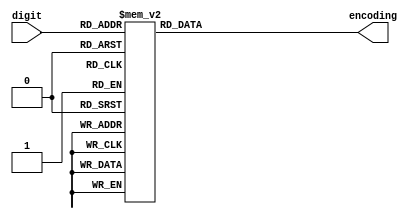
module encoder
	(
		input [(4 - 1) : 0] digit,
		output reg [(7 - 1) : 0] encoding
	);
	
	localparam DIGIT_WIDTH = 4;
	localparam ENCODING_WIDTH = 7;
	
	always @(*) begin
		case (digit)
			4'd0: encoding = 7'h40;
			4'd1: encoding = 7'h79;
			4'd2: encoding = 7'h24;
			4'd3: encoding = 7'h30;
			4'd4: encoding = 7'h19;
			4'd5: encoding = 7'h12;
			4'd6: encoding = 7'h02;
			4'd7: encoding = 7'h78;
			4'd8: encoding = 7'h00;
			4'd9: encoding = 7'h10;
			default: encoding = 7'h7F;
		endcase
	end
	
endmodule